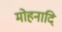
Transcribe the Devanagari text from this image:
मोहनादि